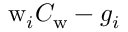
\mathrm { w } _ { i } C _ { \mathrm { w } } - g _ { i }